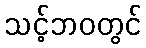
သင့်ဘဝတွင်